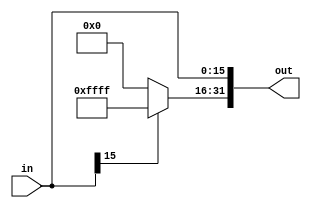
/*
    * Sign extend module
    * @author: Veerendra
*/

module Sign_extend(out,in);
input[15:0] in;
output[31:0] out;
reg[31:0] out;

always @(*) begin
    out[15:0]=in;
    if(in[15]==1'b1)begin
        out[31:16]=16'd65535;
    end
    else begin
        out[31:16]=16'd0;
    end
end
endmodule

// module tb();
// reg[15:0] in;
// wire[31:0] out;

// Sign_extend uut(out,in);

// initial begin
//     $dumpfile("output.vcd");
//     $dumpvars(0,tb);
//     in=16'd1;
//     #1 in=16'd12;
//     #1 in=16'd65535;
//     #1 in=16'd0; 

// end
// endmodule